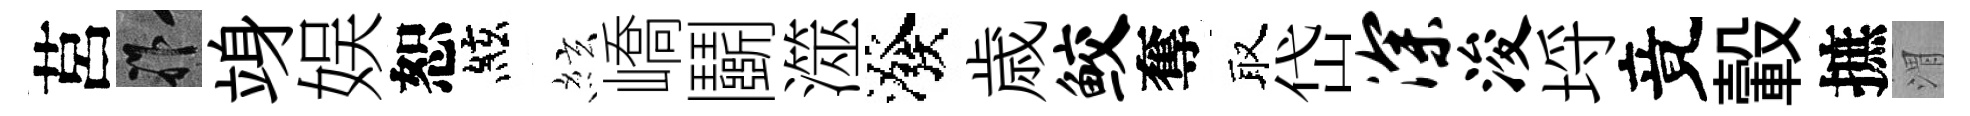
莒祚竧娱恕絃絃嶠鬬澨潑歳鲛奪取岱深浚埓竟轂摭渭